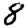
Digit: 8